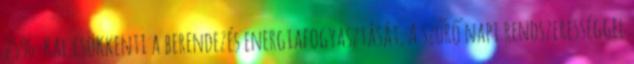
25%-kal csökkenti a berendezés energiafogyasztását. A szűrő napi rendszerességgel